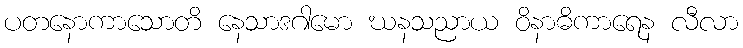
ပတနောကာသောတိ နေသာဒဂါမော ဃနသညာယ ဝိနာဓိကာရေန လီလာ